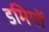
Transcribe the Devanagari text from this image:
डमियों